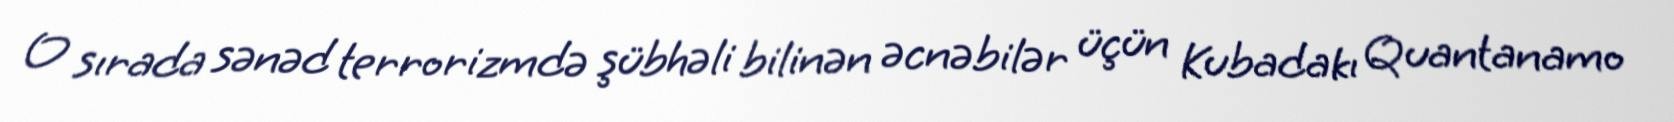
O sırada sənəd terrorizmdə şübhəli bilinən əcnəbilər üçün Kubadakı Quantanamo